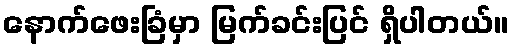
နောက်ဖေးခြံမှာ မြက်ခင်းပြင် ရှိပါတယ်။